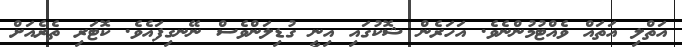
އަތްލި އަތައް ވެއްޓުމުންނެވެ. އަހަރެން ޝޮކުގައި އިނީ ގުޑިލަންވެސް ނޭނގިފައެވެ. ކޮޓަރި ތެރެއަށް